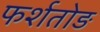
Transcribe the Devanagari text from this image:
फर्शतोड़